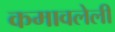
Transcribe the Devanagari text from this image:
कमावलेली